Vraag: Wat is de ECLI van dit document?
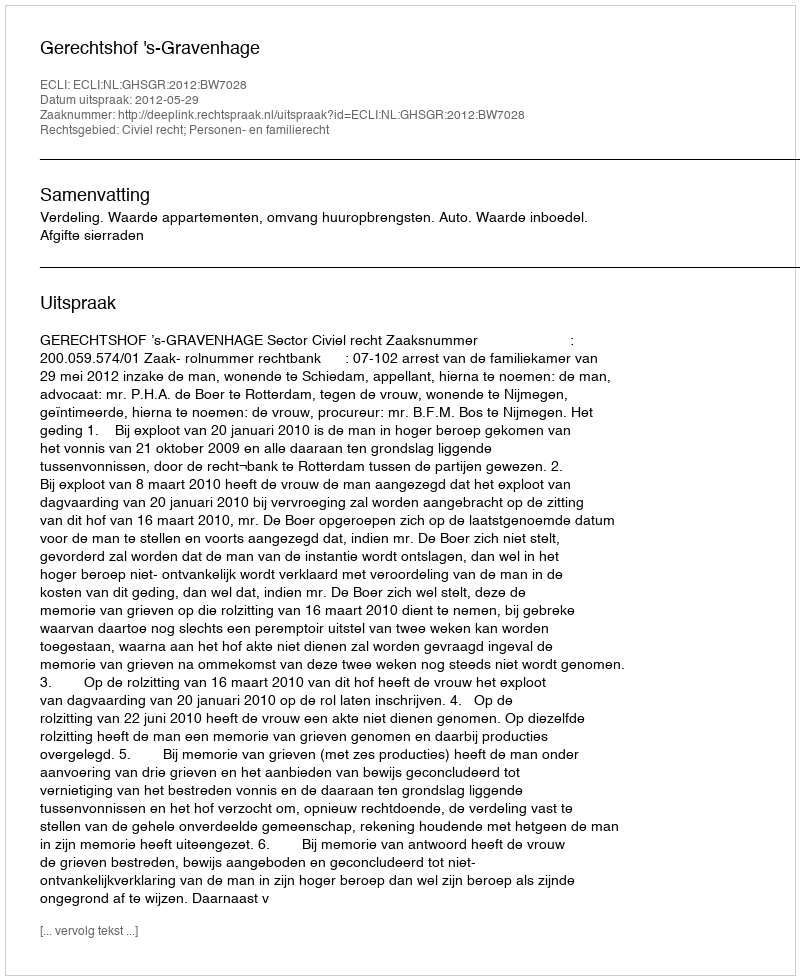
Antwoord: ECLI:NL:GHSGR:2012:BW7028